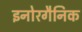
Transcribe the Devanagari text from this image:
इनोरगैनिक